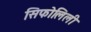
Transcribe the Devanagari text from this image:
सिफोलिली